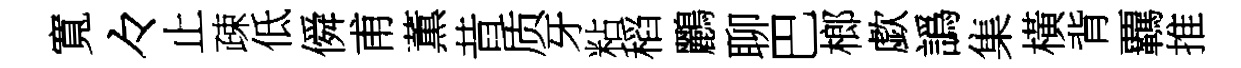
寬々止疎低僢甫薫昔质牙粘稻鸝聊巴榔歔譌集橫背覊推